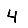
Digit: 4